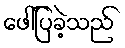
ဖေါ်ပြခဲ့သည်